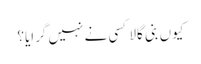
کیوں بنی گالا کسی نے نہیں گرایا؟